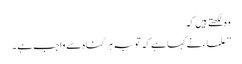
وہ لکھتے ہیں کہ
’’علماء نے کہا ہے کہ توبہ ہر گناہ سے واجب ہے ۔